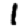
Digit: 1